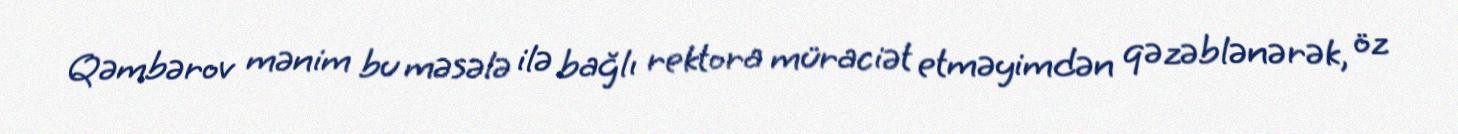
Qəmbərov mənim bu məsələ ilə bağlı rektora müraciət etməyimdən qəzəblənərək, öz